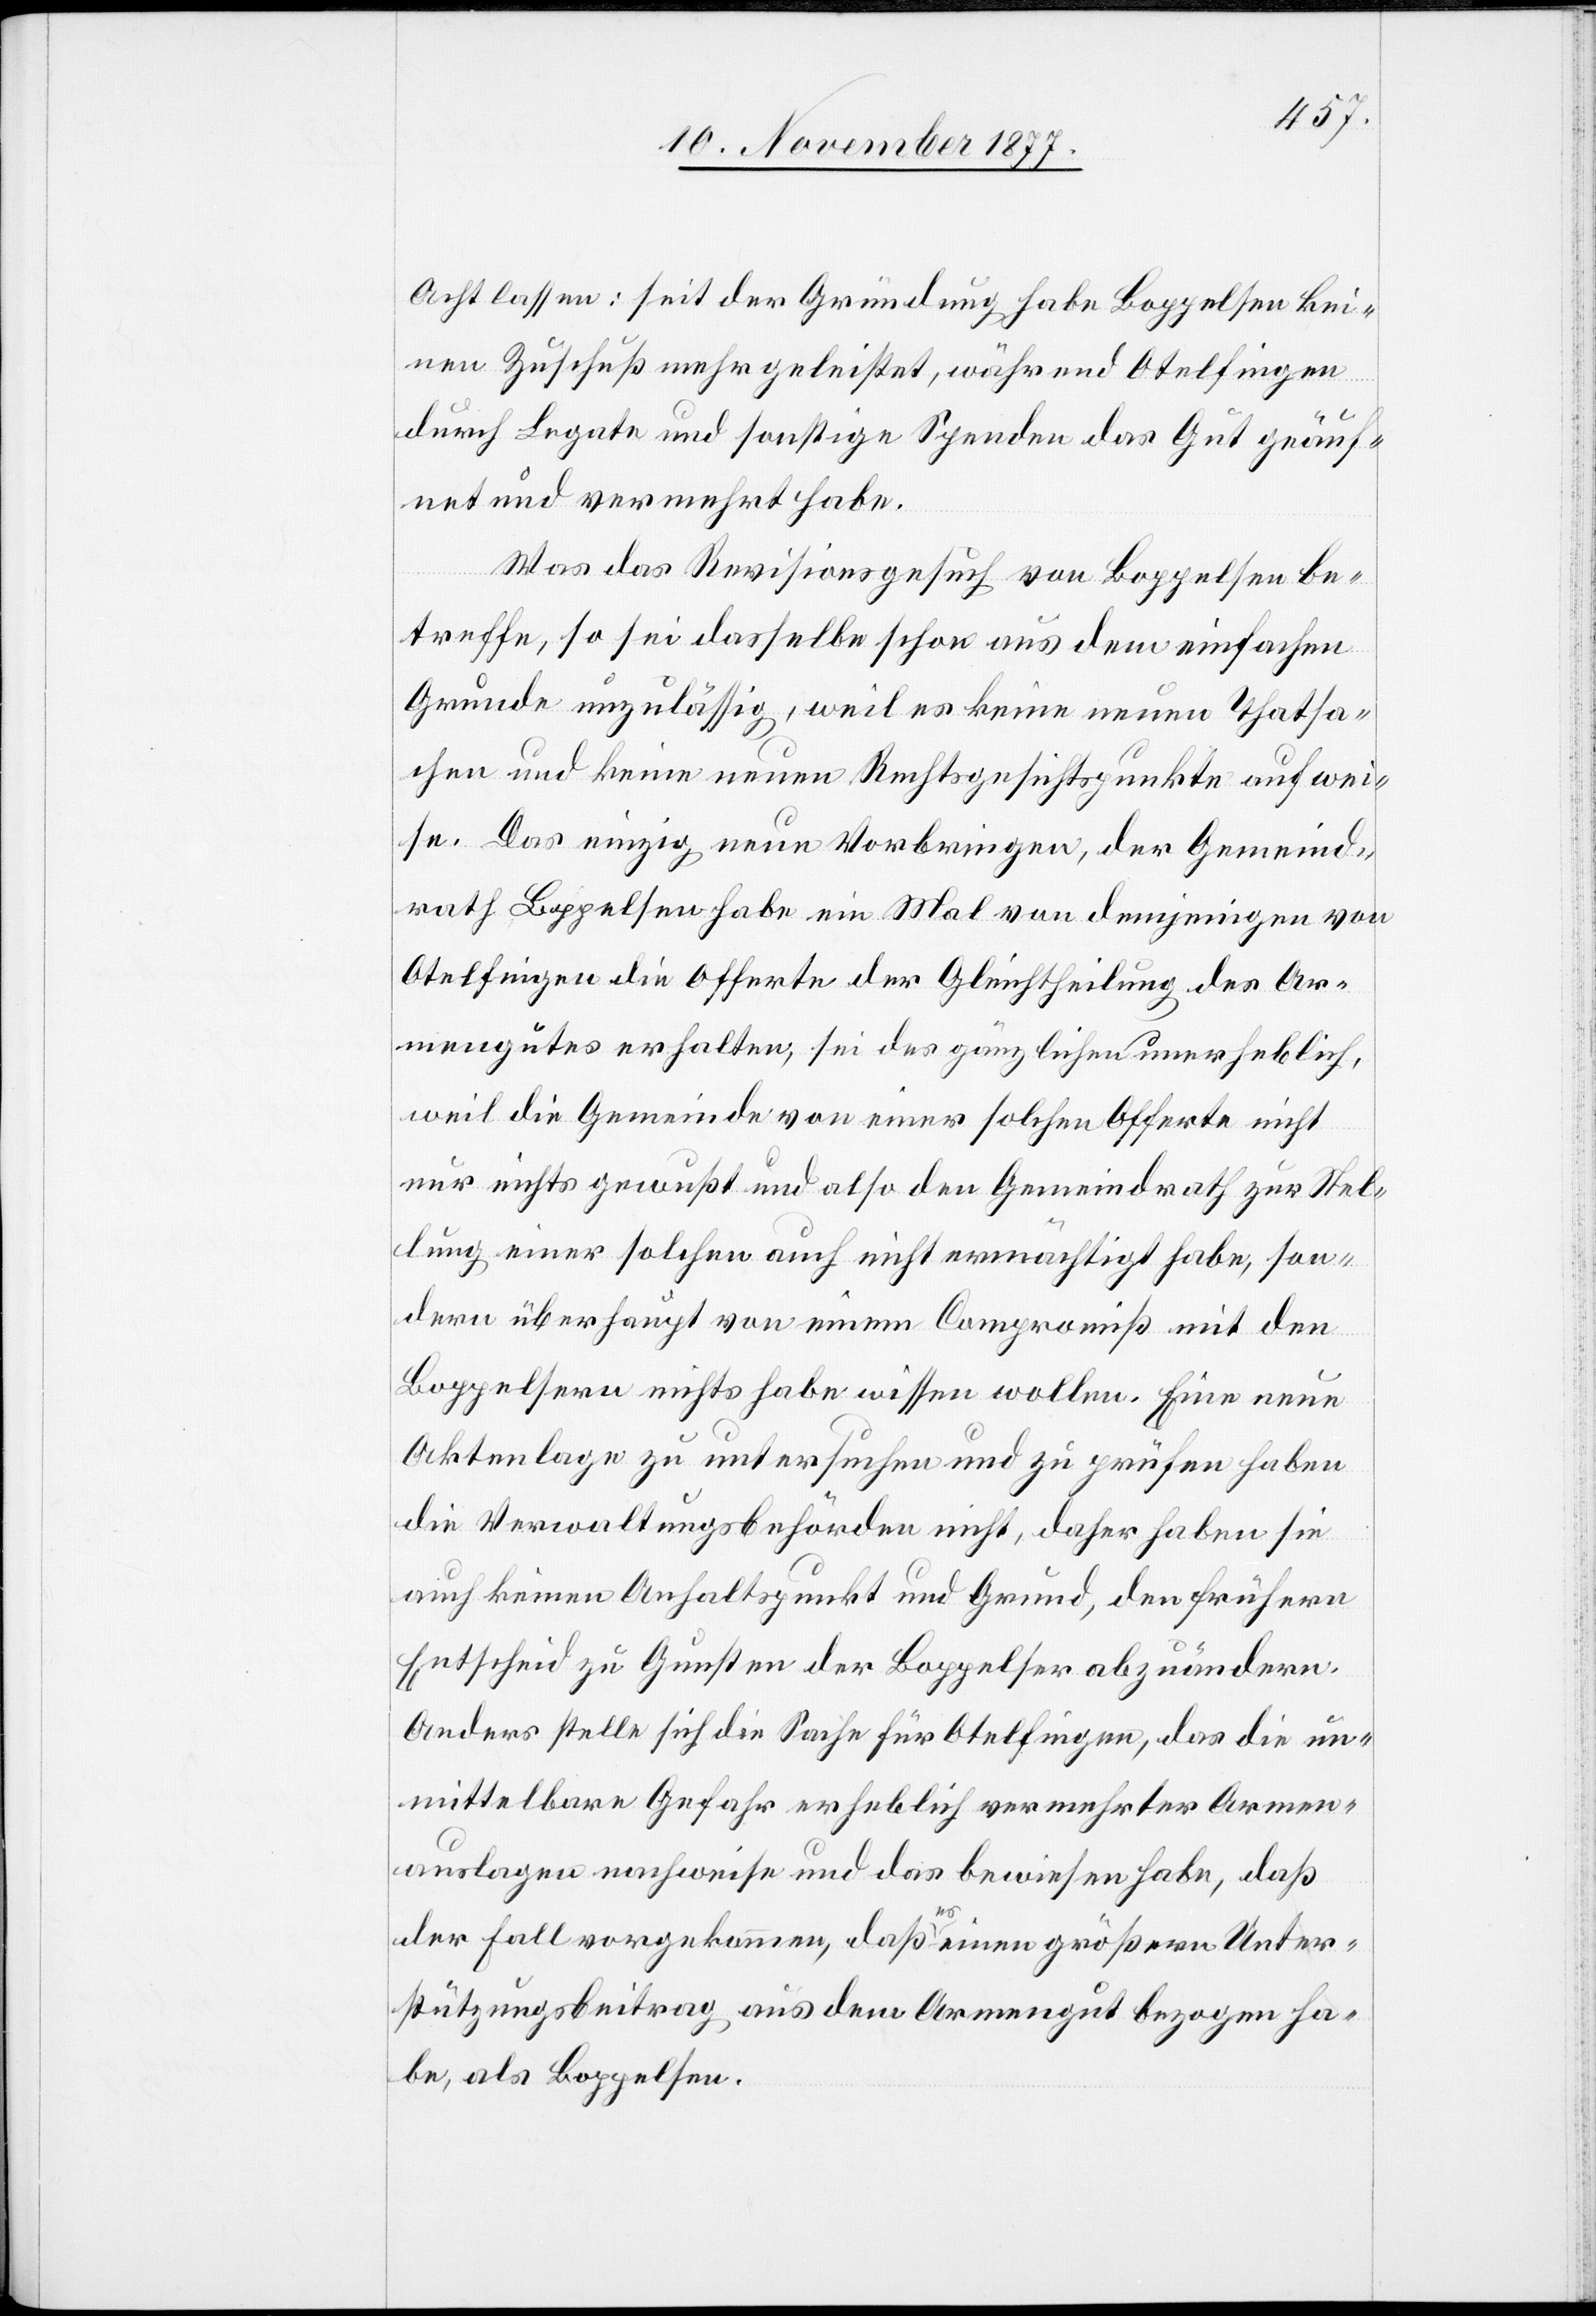
Acht lassen: seit der Gründung habe Boppelsen kei¬
nen Zuschuß mehr geleistet, während Otelfingen
durch Legate und sonstige Spenden das Gut geäuf¬
net und vermehrt habe.
Was das Revisionsgesuch von Boppelsen be¬
treffe, so sei dasselbe schon aus dem einfachen
Grunde unzulässig, weil es keine neuen Thatsa¬
chen und keine neuen Rechtsgesichtspunkte aufwei¬
se. Das einzig neue Vorbringen, der Gemeind¬
rath Boppelsen habe ein Mal von demjenigen von
Otelfingen die Offerte der Gleichtheilung des Ar¬
mengutes erhalten, sei des gänzlichen unerheblich,
weil die Gemeinde von einer solchen Offerte nicht
nur nichts gewußt und also den Gemeindrath zur Stel¬
lung einer solchen auch nicht ermächtigt habe, son¬
dern überhaupt von einem Compromiß mit den
Boppelsern nichts habe wissen wollen. Eine neue
Aktenlage zu untersuchen und zu prüfen haben
die Verwaltungsbehörden nicht, daher haben sie
auch keinen Anhaltspunkt und Grund, den frühern
Entscheid zu Gunsten der Boppelser abzuändern.
Anders stelle sich die Sache für Otelfingen, das die un¬
mittelbare Gefahr erheblich vermehrter Armen¬
auslagen nachweise und das bewiesen habe, daß
der Fall vorgekommen, daß es einen größern Unter¬
stützungsbeitrag aus dem Armengut bezogen ha¬
be, als Boppelsen.